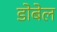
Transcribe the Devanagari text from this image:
डोबेल